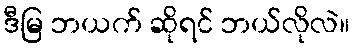
ဒီမြ ဘယက် ဆိုရင် ဘယ်လိုလဲ။